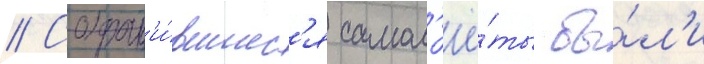
// Сохран'и́вшиес'я самол'ё́ты бы́л'и